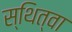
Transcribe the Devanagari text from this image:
स्थित्वा